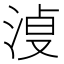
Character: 𰛿